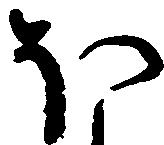
ほ